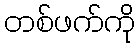
တစ်ဖက်ကို